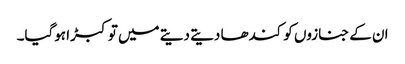
ان کے جنازوں کو کندھا دیتے دیتے میں توکبڑا ہوگیا۔